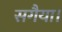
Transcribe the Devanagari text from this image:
सगैया।